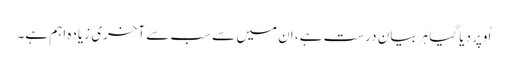
اُوپر دیا گیا ہر بیان درست ہے، ان میں سے سب سے آخری زیادہ اہم ہے۔